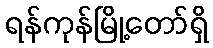
ရန်ကုန်မြို့တော်ရှိ